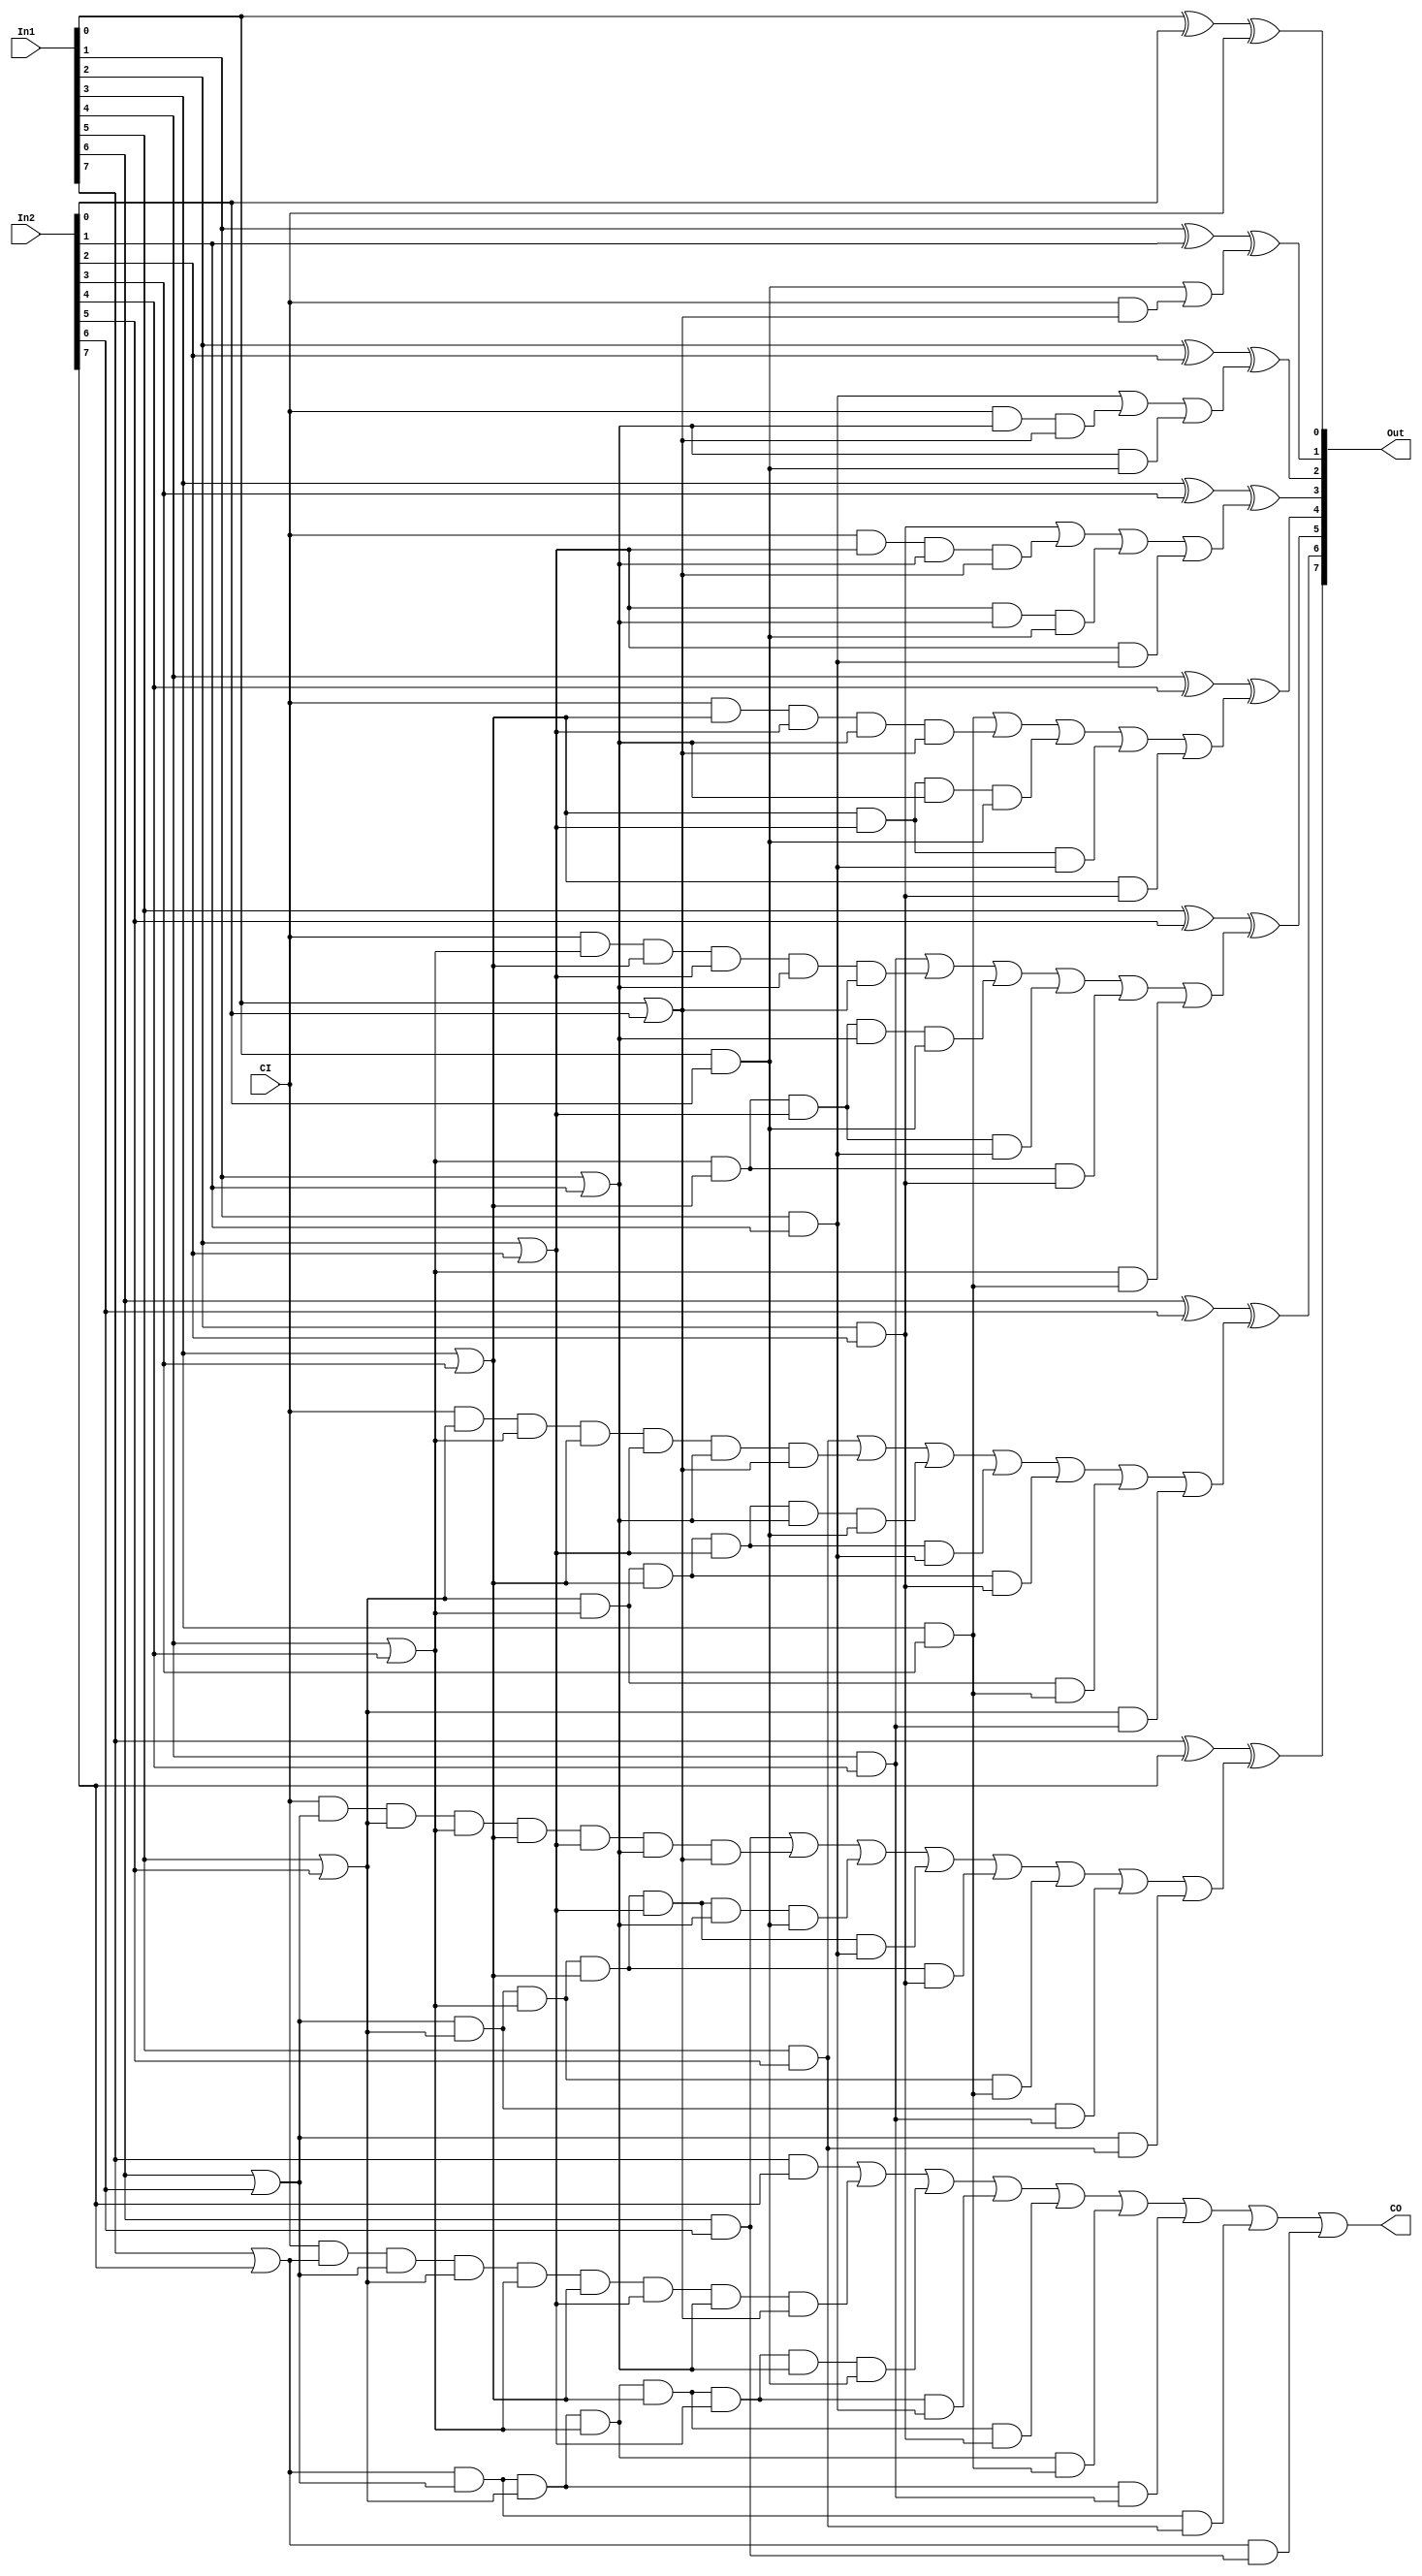
`timescale 1ns / 1ps
//////////////////////////////////////////////////////////////////////////////////
// Company: 
// 
// Design Name: 
// Module Name: ALU32
// Project Name: 
// Target Devices: 
// Tool Versions: 
// Description: 
// 
// Dependencies: 
// 
// Revision:
// Revision 0.01 - File Created
// Additional Comments:
// 
//////////////////////////////////////////////////////////////////////////////////

// 8
module G_FullAdder8 (
        input wire [7:0]    In1,
        input wire [7:0]    In2,
        input wire          CI,
        output wire [7:0]   Out,
        output wire         CO
    );

    wire [7:0]      Gi;
    wire [7:0]      Pi;
    wire [7:0]      COi;
    wire [35:0]     CoElement; // The calculate elements of the COi

    // Calculate Gi

    and (Gi[0],In1[0],In2[0]);
    and (Gi[1],In1[1],In2[1]);
    and (Gi[2],In1[2],In2[2]);
    and (Gi[3],In1[3],In2[3]);
    and (Gi[4],In1[4],In2[4]);
    and (Gi[5],In1[5],In2[5]);
    and (Gi[6],In1[6],In2[6]);
    and (Gi[7],In1[7],In2[7]);

    // Calculate Pi

    or (Pi[0],In1[0],In2[0]);
    or (Pi[1],In1[1],In2[1]);
    or (Pi[2],In1[2],In2[2]);
    or (Pi[3],In1[3],In2[3]);
    or (Pi[4],In1[4],In2[4]);
    or (Pi[5],In1[5],In2[5]);
    or (Pi[6],In1[6],In2[6]);
    or (Pi[7],In1[7],In2[7]);

    // Calculate COi's or elements

    and (CoElement[0],CI,Pi[0]);
    and (CoElement[1],Pi[1],Gi[0]);
    and (CoElement[2],CI,Pi[1],Pi[0]);
    and (CoElement[3],Pi[2],Gi[1]);
    and (CoElement[4],Pi[2],Pi[1],Gi[0]);
    and (CoElement[5],CI,Pi[2],Pi[1],Pi[0]);
    and (CoElement[6],Pi[3],Gi[2]);
    and (CoElement[7],Pi[3],Pi[2],Gi[1]);
    and (CoElement[8],Pi[3],Pi[2],Pi[1],Gi[0]);
    and (CoElement[9],CI,Pi[3],Pi[2],Pi[1],Pi[0]);
    and (CoElement[10],Pi[4],Gi[3]);
    and (CoElement[11],Pi[4],Pi[3],Gi[2]);
    and (CoElement[12],Pi[4],Pi[3],Pi[2],Gi[1]);
    and (CoElement[13],Pi[4],Pi[3],Pi[2],Pi[1],Gi[0]);
    and (CoElement[14],CI,Pi[4],Pi[3],Pi[2],Pi[1],Pi[0]);
    and (CoElement[15],Pi[5],Gi[4]);
    and (CoElement[16],Pi[5],Pi[4],Gi[3]);
    and (CoElement[17],Pi[5],Pi[4],Pi[3],Gi[2]);
    and (CoElement[18],Pi[5],Pi[4],Pi[3],Pi[2],Gi[1]);
    and (CoElement[19],Pi[5],Pi[4],Pi[3],Pi[2],Pi[1],Gi[0]);
    and (CoElement[20],CI,Pi[5],Pi[4],Pi[3],Pi[2],Pi[1],Pi[0]);
    and (CoElement[21],Pi[6],Gi[5]);
    and (CoElement[22],Pi[6],Pi[5],Gi[4]);
    and (CoElement[23],Pi[6],Pi[5],Pi[4],Gi[3]);
    and (CoElement[24],Pi[6],Pi[5],Pi[4],Pi[3],Gi[2]);
    and (CoElement[25],Pi[6],Pi[5],Pi[4],Pi[3],Pi[2],Gi[1]);
    and (CoElement[26],Pi[6],Pi[5],Pi[4],Pi[3],Pi[2],Pi[1],Gi[0]);
    and (CoElement[27],CI,Pi[6],Pi[5],Pi[4],Pi[3],Pi[2],Pi[1],Pi[0]);
    and (CoElement[28],Pi[7],Gi[6]);
    and (CoElement[29],Pi[7],Pi[6],Gi[5]);
    and (CoElement[30],Pi[7],Pi[6],Pi[5],Gi[4]);
    and (CoElement[31],Pi[7],Pi[6],Pi[5],Pi[4],Gi[3]);
    and (CoElement[32],Pi[7],Pi[6],Pi[5],Pi[4],Pi[3],Gi[2]);
    and (CoElement[33],Pi[7],Pi[6],Pi[5],Pi[4],Pi[3],Pi[2],Gi[1]);
    and (CoElement[34],Pi[7],Pi[6],Pi[5],Pi[4],Pi[3],Pi[2],Pi[1],Gi[0]);
    and (CoElement[35],CI,Pi[7],Pi[6],Pi[5],Pi[4],Pi[3],Pi[2],Pi[1],Pi[0]);

    // Calculate COi

    or (COi[0],Gi[0],CoElement[0]);
    or (COi[1],Gi[1],CoElement[2],CoElement[1]);
    or (COi[2],Gi[2],CoElement[5],CoElement[4],CoElement[3]);
    or (COi[3],Gi[3],CoElement[9],CoElement[8],CoElement[7],CoElement[6]);
    or (COi[4],Gi[4],CoElement[14],CoElement[13],CoElement[12],CoElement[11],CoElement[10]);
    or (COi[5],Gi[5],CoElement[20],CoElement[19],CoElement[18],CoElement[17],CoElement[16],CoElement[15]);
    or (COi[6],Gi[6],CoElement[27],CoElement[26],CoElement[25],CoElement[24],CoElement[23],CoElement[22],CoElement[21]);
    or (COi[7],Gi[7],CoElement[35],CoElement[34],CoElement[33],CoElement[32],CoElement[31],CoElement[30],CoElement[29],CoElement[28]);
    buf         (CO,COi[7]);

    // Calculate Out 

    xor (Out[0],In1[0],In2[0],CI);
    xor (Out[1],In1[1],In2[1],COi[0]);
    xor (Out[2],In1[2],In2[2],COi[1]);
    xor (Out[3],In1[3],In2[3],COi[2]);
    xor (Out[4],In1[4],In2[4],COi[3]);
    xor (Out[5],In1[5],In2[5],COi[4]);
    xor (Out[6],In1[6],In2[6],COi[5]);
    xor (Out[7],In1[7],In2[7],COi[6]);

endmodule